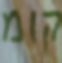
קומ